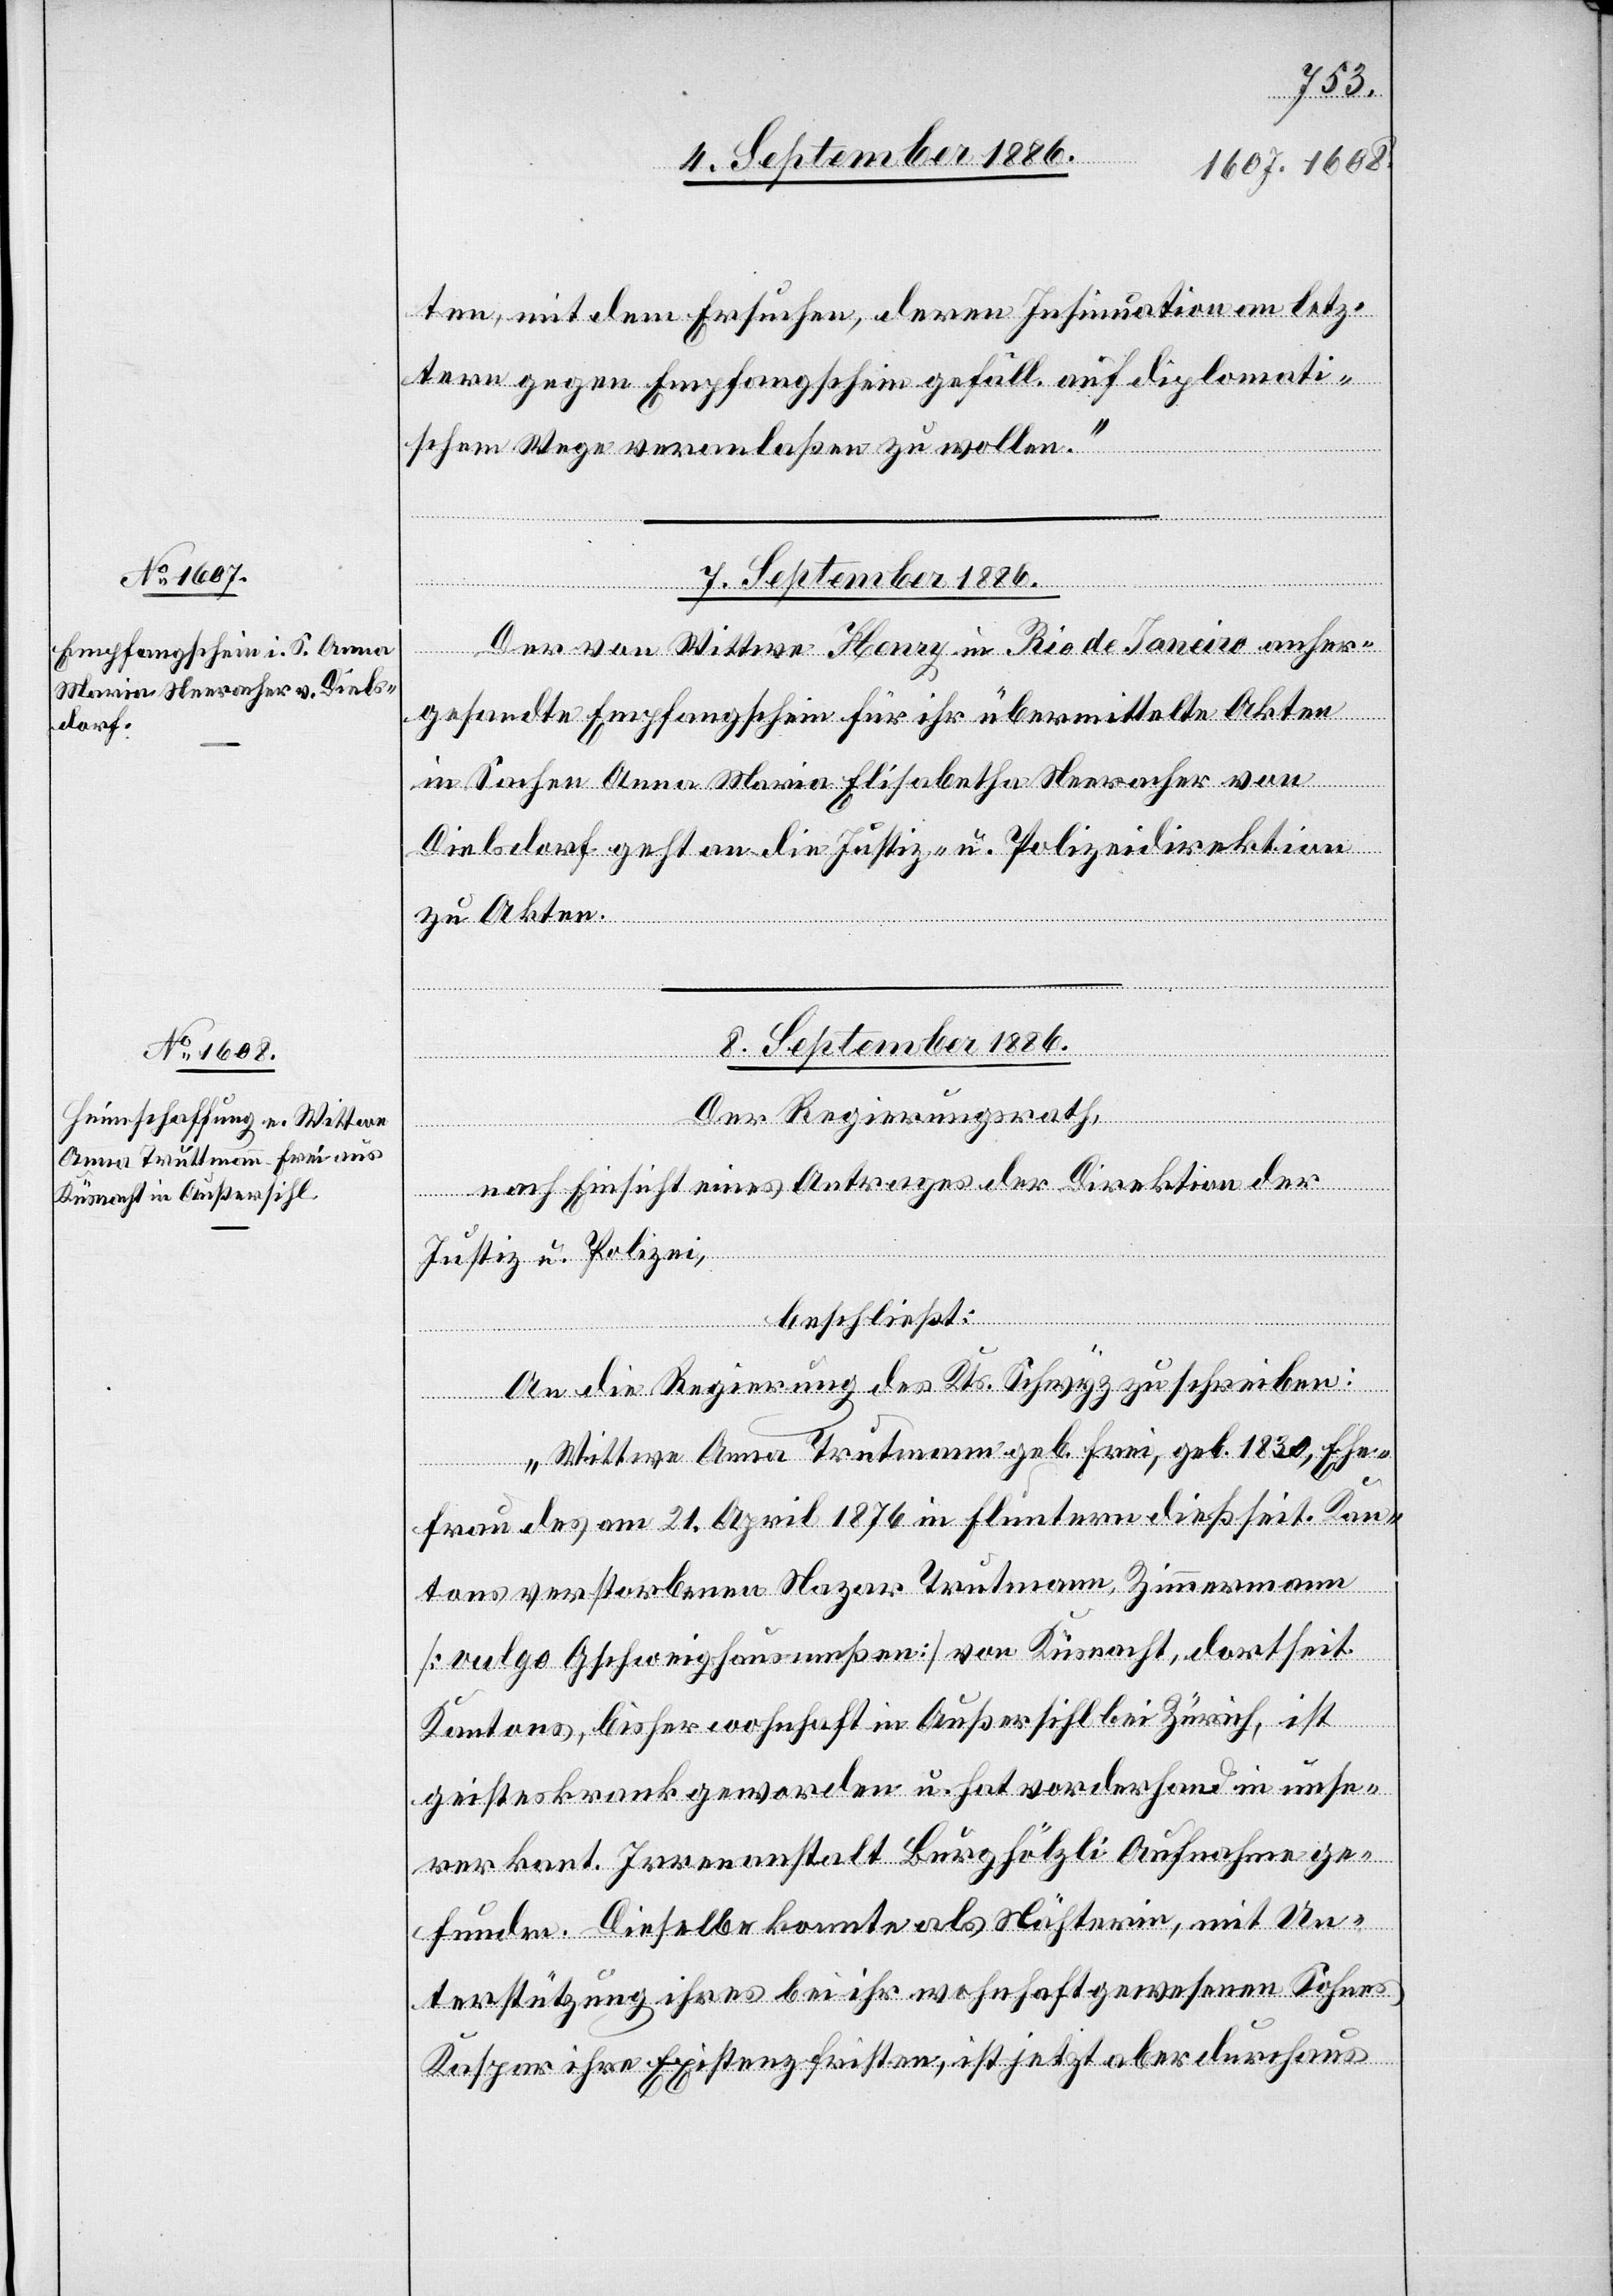
ten, mit dem Ersuchen, deren Insinuation an letz¬
tern gegen Empfangschein gefäll. auf diplomanti¬
schem Wege veranlaßen zu wollen.“
7. September 1886.
Der von Wittwe Henry in Rio de Janeiro anher¬
gesandte Empfangschein für ihr übermittelte Akten
in Sachen Anna Maria Elisabetha Neeracher von
Dielsdorf geht an die Justiz- u. Polizeidirektion
zu Akten.
8. September 1886.
verfügungen]
Der Regierungsrath,
nach Einsicht eines Antrages der Direktion der
Justiz u. Polizei,
beschließt:
An die Regierung des Kts. Schwyz zu schreiben:
„Wittwe Anna Trutmann [sic!] geb. Frei, geb. 1830, Ehe¬
frau des am 21. April 1876 in Fluntern dießseit. Kan¬
tons verstorbenen Nazar Trutmann, Zimmermann
[vulgo Gschweighausmeßen] von Küsnacht, dortseit.
Kantons, bisher wohnhaft in Außersihl bei Zürich, ist
geisteskrank geworden u. hat vorderhand in unse¬
rer kant. Irrenanstalt Burghölzli Aufnahme ge¬
funden. Dieselbe konnte als Nähterin, mit Un¬
terstützung ihres bei ihr wohnhaft gewesenen Sohnes
Kaspar ihre Existenz fristen, ist jetzt aber durchaus